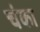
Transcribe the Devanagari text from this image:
चंका